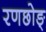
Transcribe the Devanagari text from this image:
रणछोङ्